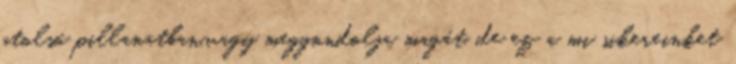
utolsó pillanatban.vagy meggondolja magát, de ez a mi sikereinket